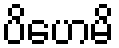
ပိဟေမိ